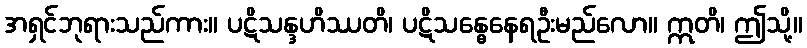
အရှင်ဘုရားသည်ကား။ ပဋိသန္ဒဟိဿတိ၊ ပဋိသန္ဓေနေရဦးမည်လော။ ဣတိ၊ ဤသို့။